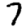
Digit: 7